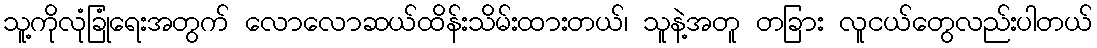
သူ့ကိုလုံခြုံရေးအတွက် လောလောဆယ်ထိန်းသိမ်းထားတယ်၊ သူနဲ့အတူ တခြား လူငယ်တွေလည်းပါတယ်